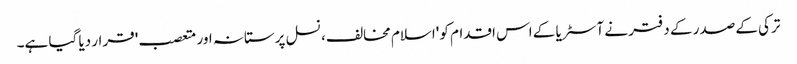
ترکی کے صدر کے دفتر نے آسٹریا کے اس اقدام کو 'اسلام مخالف، نسل پرستانہ اور متعصب' قرار دیا گیا ہے۔